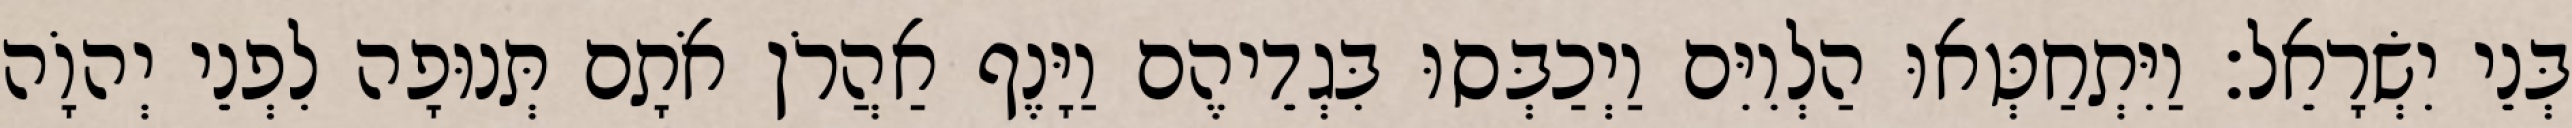
בְּנֵי יִשְׂרָאֵל׃ וַיִּתְחַטְּאוּ הַלְוִיִּם וַיְכַבְּסוּ בִּגְדֵיהֶם וַיָּנֶף אַהֲרֹן אֹתָם תְּנוּפָה לִפְנֵי יְהוָֹה